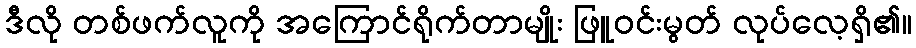
ဒီလို တစ်ဖက်လူကို အကြောင်ရိုက်တာမျိုး ဖြူဝင်းမွတ် လုပ်လေ့ရှိ၏။